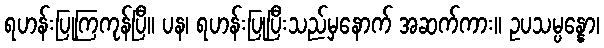
ရဟန်းပြုကြကုန်ပြီ။ ပန၊ ရဟန်းပြုပြီးသည်မှနောက် အဆက်ကား။ ဥပသမ္ပန္နော၊